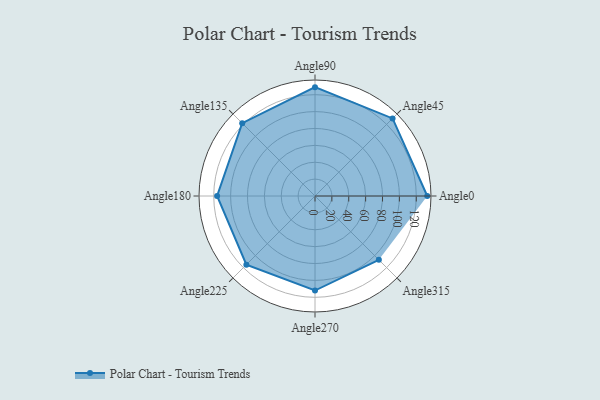
{"axis": {"x": "Angle", "y": "Radius"}, "legend": [""], "data": [{"x": "Angle0", "y": 133.0, "type": ""}, {"x": "Angle45", "y": 130.0, "type": ""}, {"x": "Angle90", "y": 129.0, "type": ""}, {"x": "Angle135", "y": 122.0, "type": ""}, {"x": "Angle180", "y": 116.0, "type": ""}, {"x": "Angle225", "y": 115.0, "type": ""}, {"x": "Angle270", "y": 112.0, "type": ""}, {"x": "Angle315", "y": 107.0, "type": ""}]}